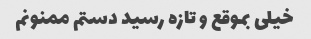
خیلی بموقع و تازه رسید دستم ممنونم